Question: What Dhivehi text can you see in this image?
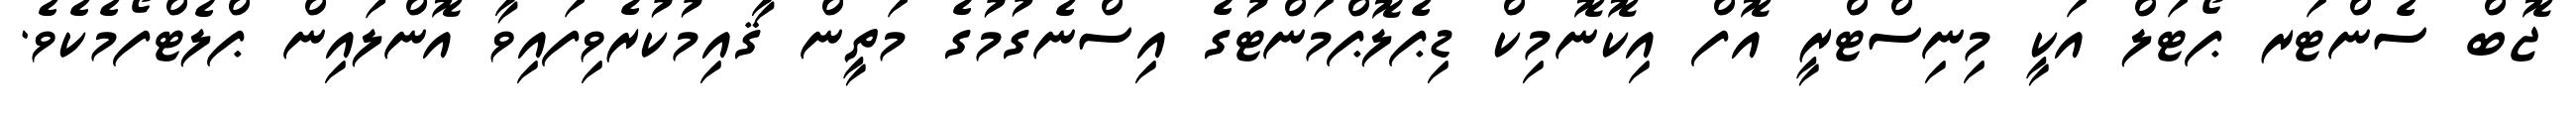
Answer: ޖޮބް ސެންޓަރ ޕޯޓަލް އަކީ މިނިސްޓްރީ އޮފް އިކޮނޮމިކް ޑިޕެލޮޕްމަންޓުގެ އިސްނެގުމުގެ މަތީން ޤާއިމުކުރެވިފައިވާ އޮންލައިން ޕްލެޓްފޯމެކެވެ.